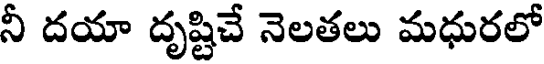
నీ దయా దృష్టిచే నెలతలు మధురలో